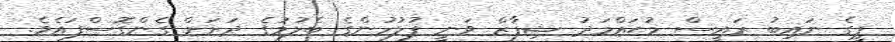
ޕީގެ ނައިބު ރައީސް މުޙައްމަދު ޝިފާޒް ވަނީ ފުލުހުންގެ ބެލުމުގެ ދަށަށް ގެންގޮސްފައެވެ.